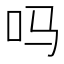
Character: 吗